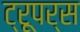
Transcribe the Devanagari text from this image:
ट्रूपर्स